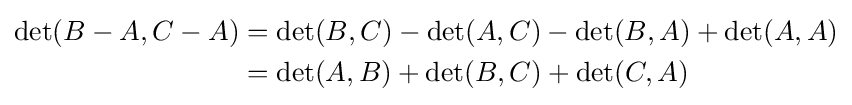
{\begin{aligned}\det(B-A,C-A)&=\det(B,C)-\det(A,C)-\det(B,A)+\det(A,A)\\&=\det(A,B)+\det(B,C)+\det(C,A)\end{aligned}}